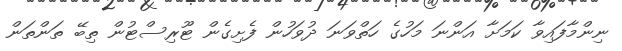
ނިންމާފައިވާ ކަމަށާ އަންނަ މަހުގެ ހަތްވަނަ ދުވަހުން ފެށިގެން ޓޫރިސްޓުން ތިބޭ ތަންތަން